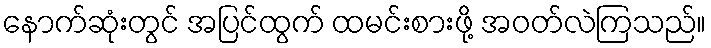
နောက်ဆုံးတွင် အပြင်ထွက် ထမင်းစားဖို့ အဝတ်လဲကြသည်။